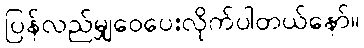
ပြန်လည်မျှဝေပေးလိုက်ပါတယ်နော်။